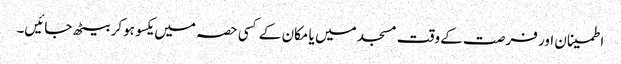
اطمینان اور فرصت کے وقت مسجد میں یا مکان کے کسی حصہ میں یکسو ہوکر بیٹھ جائیں۔